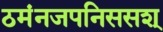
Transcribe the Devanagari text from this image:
ठमंनजपनिससश्